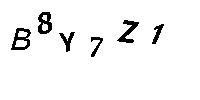
B8Y7Z1